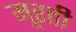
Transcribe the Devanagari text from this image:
मूरती